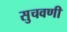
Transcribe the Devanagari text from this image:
सुचवणी